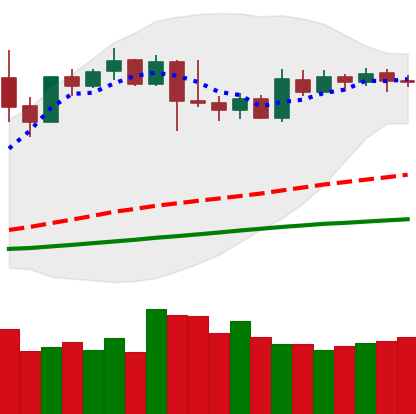
Ticker: XMR-USD
Chart end date: 2019-04-22
Forward return: -8.809%
Label: down_7plus